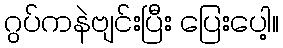
ဂွပ်ကနဲဗျင်းပြီး ပြေးပေါ့။